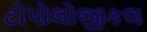
ટોપોલોજીકલ